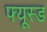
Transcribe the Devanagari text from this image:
फ्यूस्ड